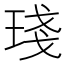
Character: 琖